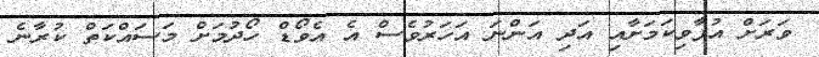
ވަރަށް އުފާވިކަމަށާއި އަދި އަންނަ އަހަރުވެސް އެ އެވޯޑް ހޯދުމަށް މަސައްކަތް ކުރާނެ